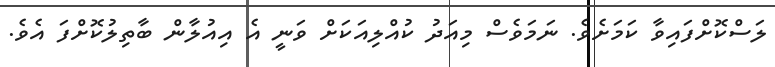
ލަސްކޮށްފައިވާ ކަމަށެވެ. ނަމަވެސް މިއަދު ކުއްލިއަކަށް ވަނީ އެ އިއުލާން ބާތިލުކޮށްފަ އެވެ.